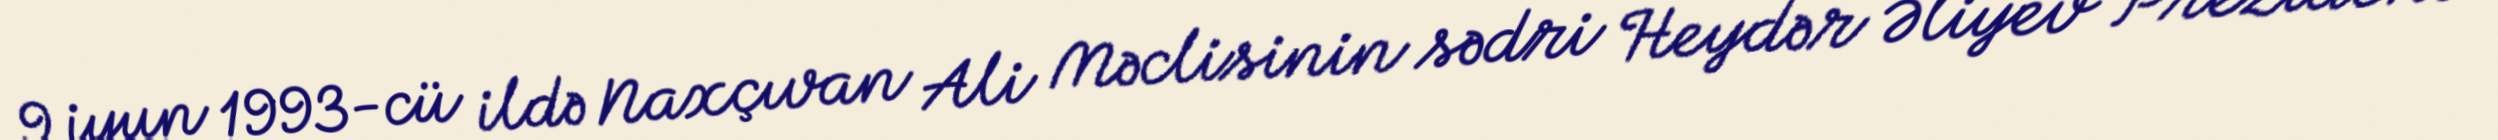
9 iyun 1993-cü ildə Naxçıvan Ali Məclisinin sədri Heydər Əliyev Prezident